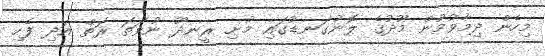
މިހެން ދިމާވުމުން މޫދުގެ ލޮނުގަނޑުގައި މުށި ރީނދޫ ނުވަތަ ރަތް އަދި ފެހި